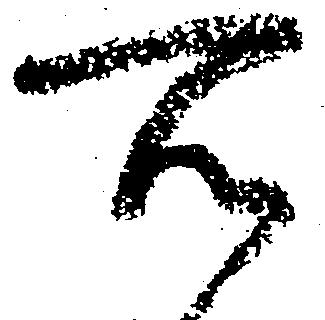
所